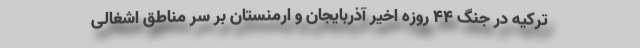
ترکیه در جنگ 44 روزه اخیر آذربایجان و ارمنستان بر سر مناطق اشغالی